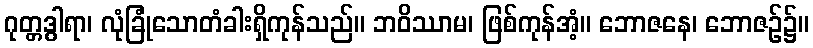
ဂုတ္တဒွါရာ၊ လုံခြုံသောတံခါးရှိကုန်သည်။ ဘဝိဿာမ၊ ဖြစ်ကုန်အံ့။ ဘောဇနေ၊ ဘောဇဉ်၌။